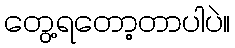
တွေ့ရတော့တာပါပဲ။